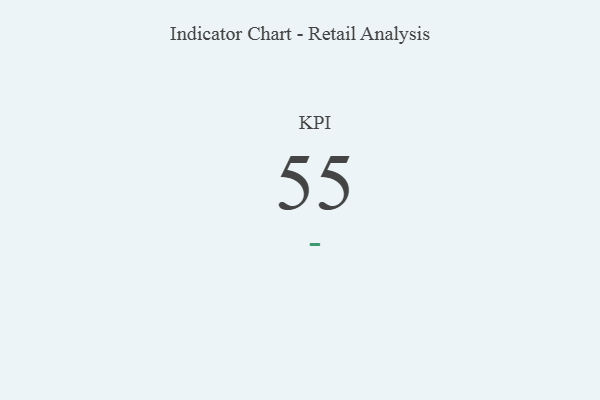
{"axis": {"x": "KPI", "y": "Value"}, "legend": [""], "data": [{"x": "KPI", "y": 55, "type": ""}]}